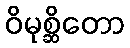
ဝိမုစ္ဆိတော